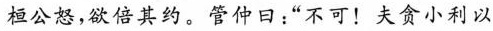
桓公怒，欲倍其约。管仲日：”不可！夫贪小利以